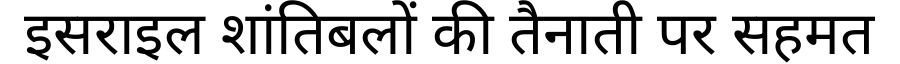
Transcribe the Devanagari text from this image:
इसराइल शांतिबलों की तैनाती पर सहमत